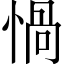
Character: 𢝸